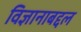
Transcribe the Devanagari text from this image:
विज्ञानाबद्दल